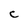
Character: C